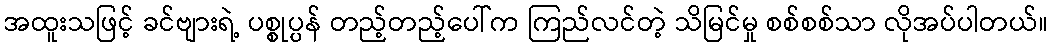
အထူးသဖြင့် ခင်ဗျားရဲ့ ပစ္စုပ္ပန် တည့်တည့်ပေါ်က ကြည်လင်တဲ့ သိမြင်မှု စစ်စစ်သာ လိုအပ်ပါတယ်။